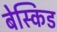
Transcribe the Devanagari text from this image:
बेस्किड